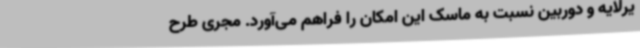
یرلایه و دوربین نسبت به ماسک این امکان را فراهم می‌آورد. مجری طرح